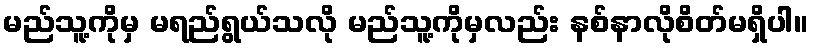
မည်သူ့ကိုမှ မရည်ရွယ်သလို မည်သူ့ကိုမှလည်း နစ်နာလိုစိတ်မရှိပါ။